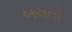
બચતો